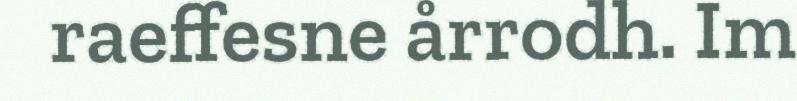
raeffesne årrodh. Im